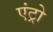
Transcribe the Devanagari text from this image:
एंट्रो